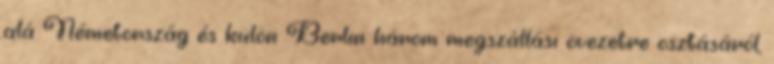
alá Németország és külön Berlin három megszállási övezetre osztásáról,